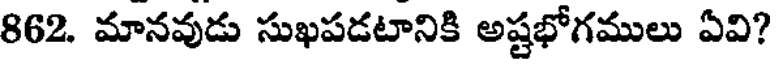
862. మానవుడు సుఖపడటానికి అష్టభోగములు ఏవి?